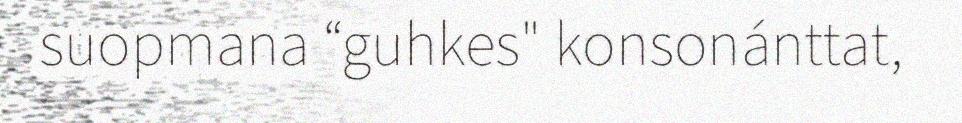
suopmana “guhkes" konsonánttat,